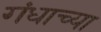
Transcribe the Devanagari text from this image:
गंधाच्या